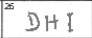
Transcription: DHI